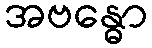
အဗန္ဓော